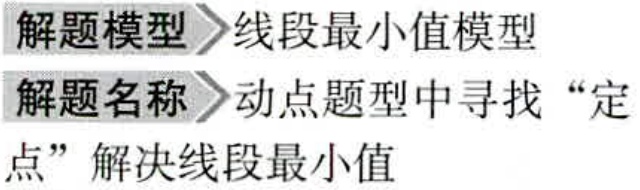
解题模型 线段最小值模型

解题名称 动点题型中寻找“定

点”解决线段最小值